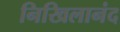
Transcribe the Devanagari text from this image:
निखिलानंद